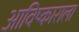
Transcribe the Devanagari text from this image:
आविष्काराला